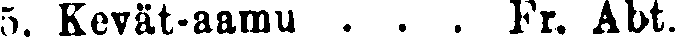
5. Kevät-aamu . . . Fr. Abt.